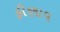
ફીણાવ